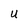
Character: u